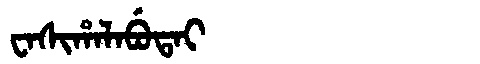
Manchu: ᠸᠠᠰᡳᡥᠠᠯᠠᠪᡠᡨᠠᡳ
Romanization: WASIHALABUTAI